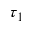
\tau _ { 1 }